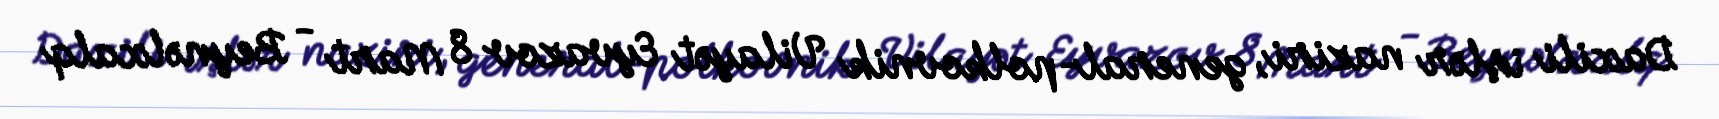
Daxili işlər naziri, general-polkovnik Vilayət Eyvazov 8 Mart - Beynəlxalq